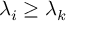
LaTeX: \lambda _ { i } \geq \lambda _ { k }